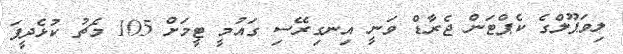
ލިވަޕޫލްގެ ކެޕްޓަން ޖެރާޑް ވަނީ އިނގިރޭސި ގައުމީ ޓީމަށް 105 މެޗު ކުޅެދީފަ